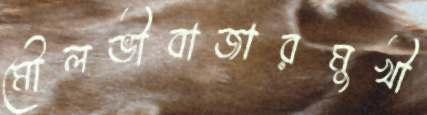
মৌলভীবাজারমুখী